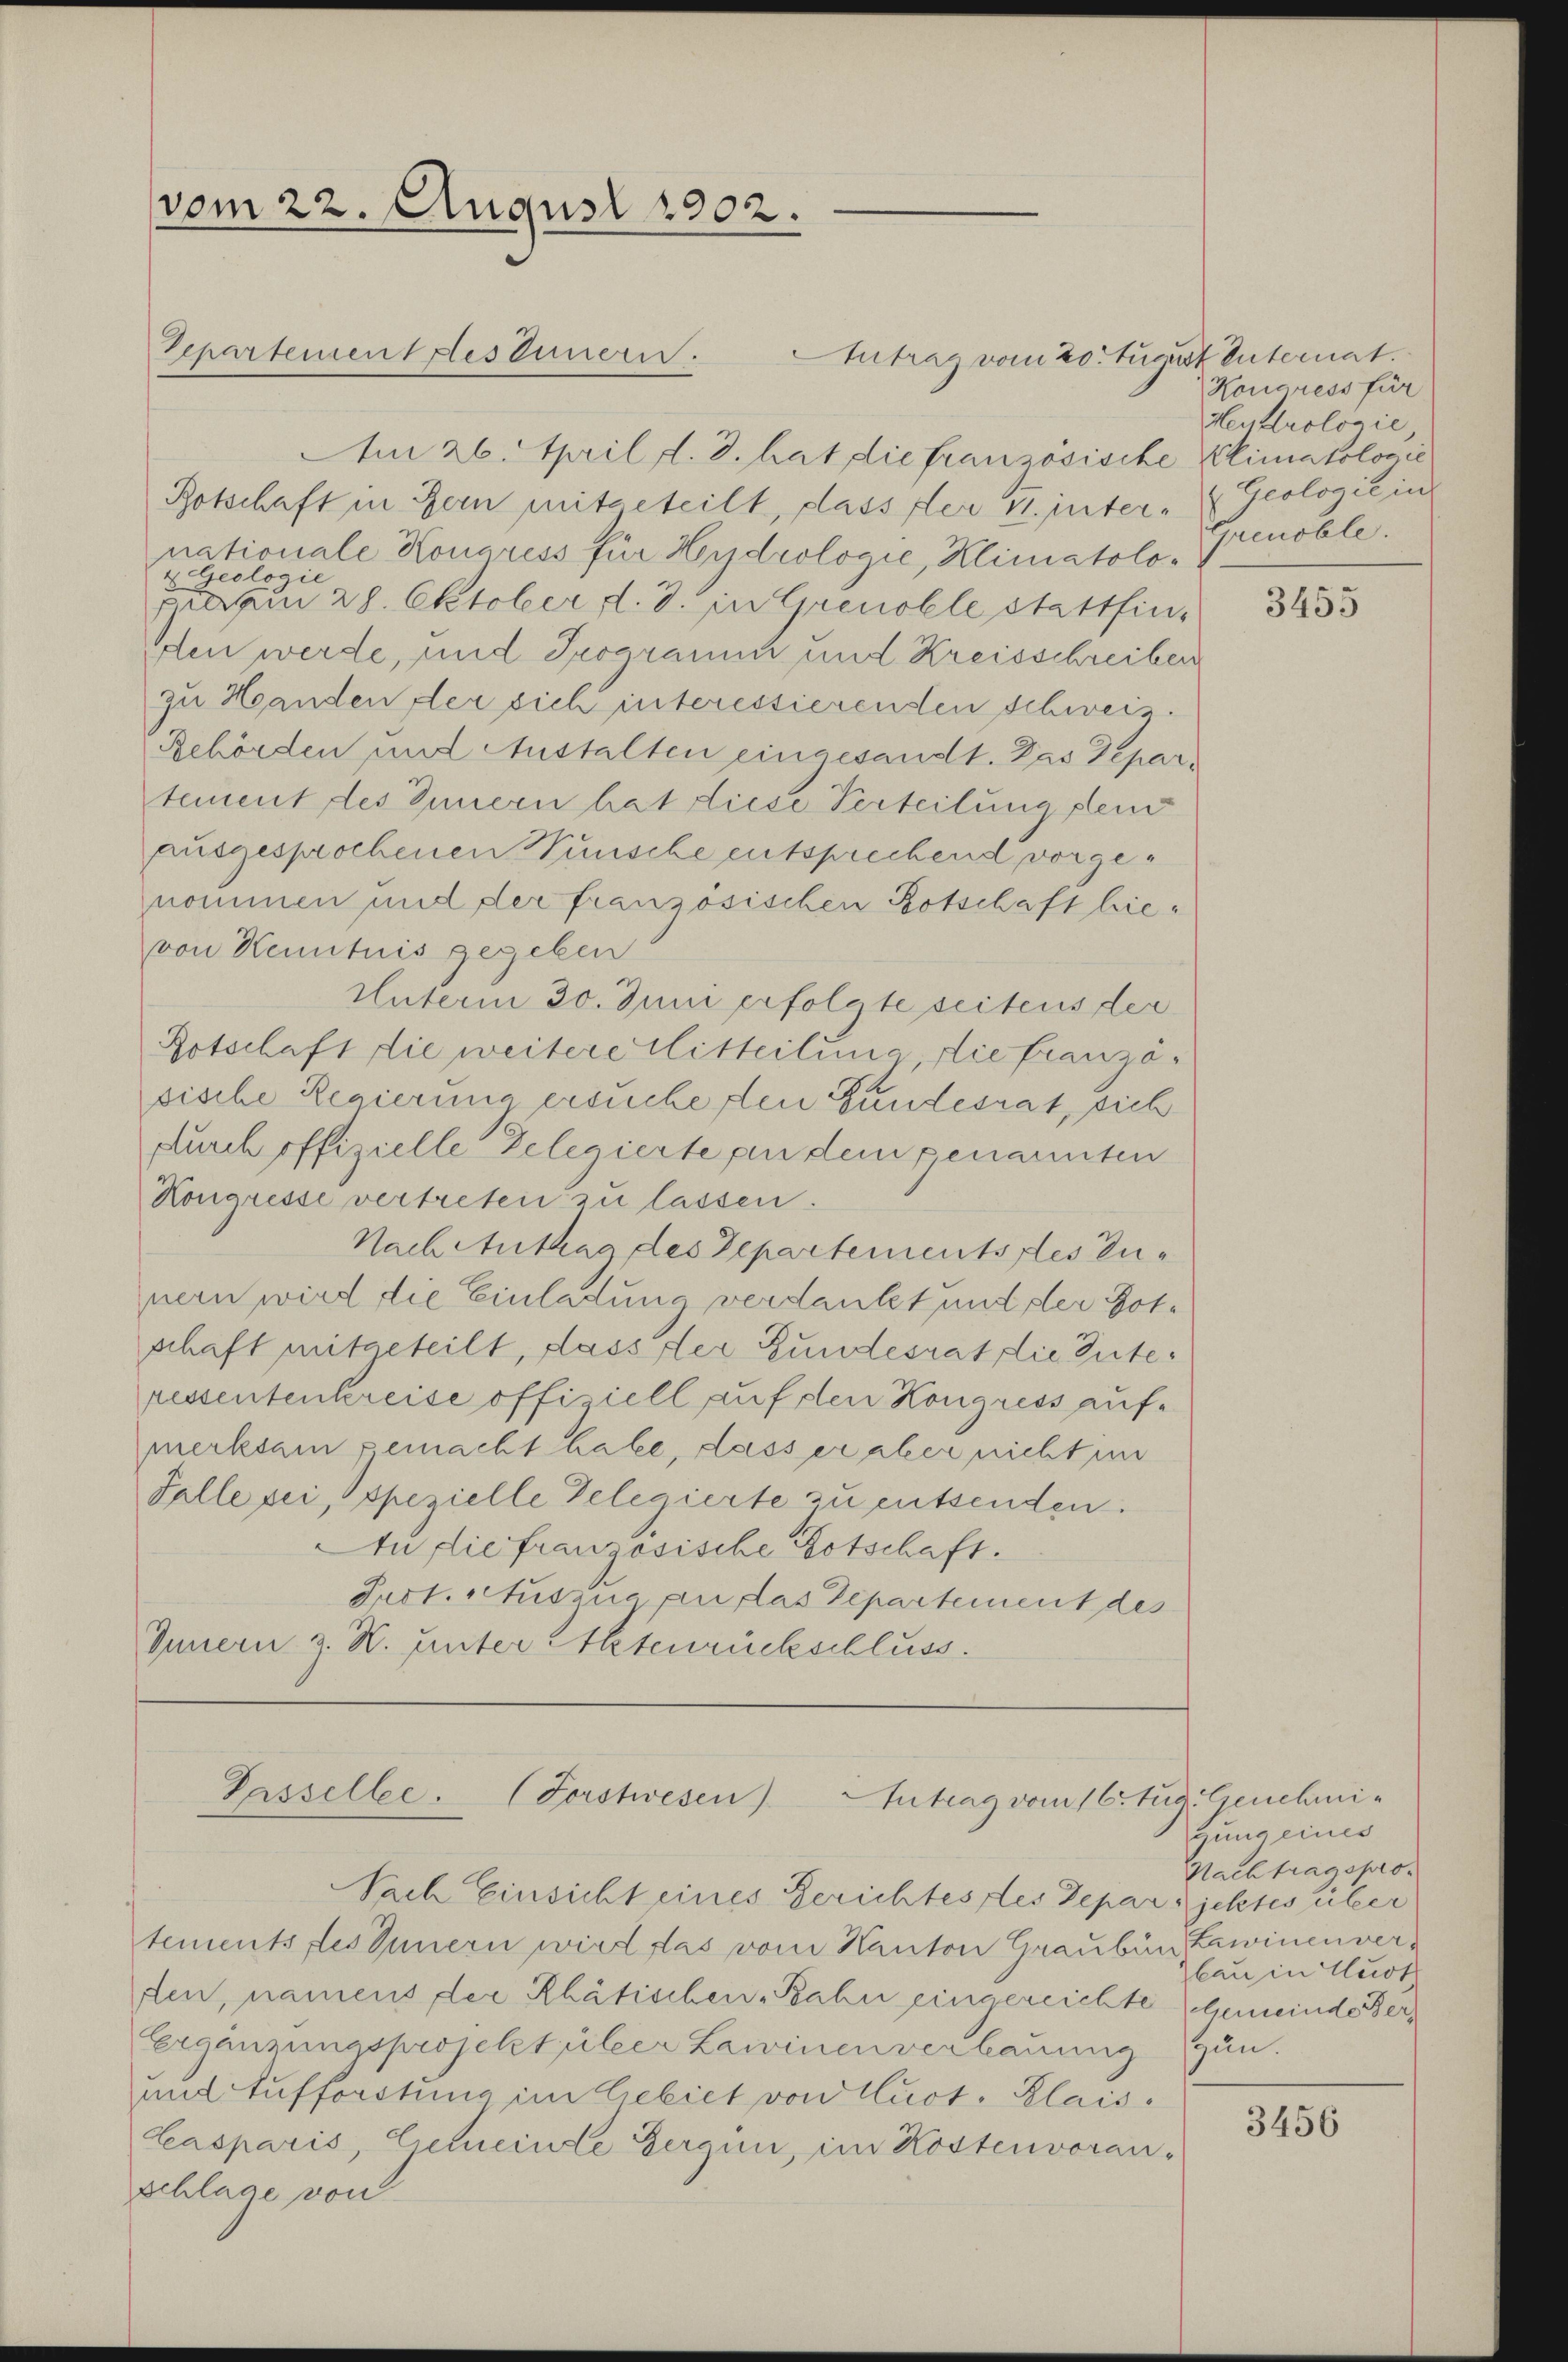
vom 22. August 1902.

Am 26. April d. J. hat die französische Klimatologie
Botschaft in Bern mitgeteilt, dass der 41. inter- & Geologie in
nationale Kongress für Hydrologie, Klimatolo¬
4 Geologie
quam 28. Oktober d. J. in Grenoble stattfinden werde, und Programm und Kreisschreiben
zu Handen der sich interessierenden Schweiz.
Behörden und Anstalten eingesandt. Das Departement des Innern hat diese Verteilung dem
ausgesprochenen Wünsche entsprechend vorgenommen und der französischen Botschaft hievon Kenntnis gegeben
Unterm 30. Juni erfolgte seitens der
Botschaft die weitere Mitteilung die französische Regierung ersuche den Gundesrat, sich
durch offizielle Delegierte an dem genannten
Kongresse vertreten zu lassen.
Nach Antrag des Departements des Zunern wird die Einladung verdankt und der Gotschaft mitgeteilt, dass der Gundesrat die Tuteressentenkreise officiell auf den Kongress aufmerksam gemacht habe, dass er aber nicht im
Falle sei, spezielle Delegierte zu entsenden.
An die französische Botschaft.
Pact. Auszue an das Departement des
Innern z. R. unter 2tenrückschluss.

Separtement les Innern. Antrag vom 20. August unternat.

Passelle. (Forstwesen) Antrag vom 16. Aug. Genehmi-

Nach Einsicht eines Gerichtes des Deparijektes über
tements des Innern wird das vom Kanton Graubün Zawinenverten, namens der Rhätischen Bahn eingereichte Gemeinde Ber
Ergänzungsprojektiler Lawinen verbauung gän
und Aufforstung im Gebiet von Lust. Klais¬
Kasparis, Eietneinde Gergün, im Kostenvoran-
schlage von

Hongress für
Heukrologie
Genoble.

3455

gung eines
Nachtragsprolau in Hurt

3456